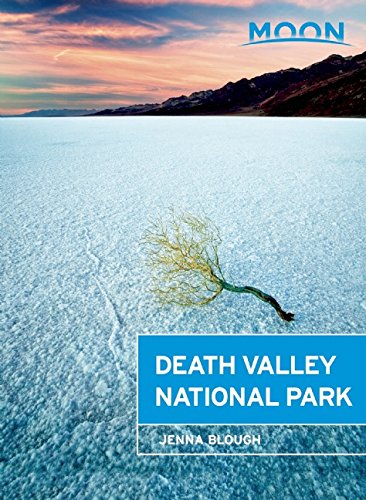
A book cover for Moon Death Valley National Park (Moon Handbooks); Jenna Blough; Travel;